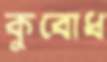
কুবোধ